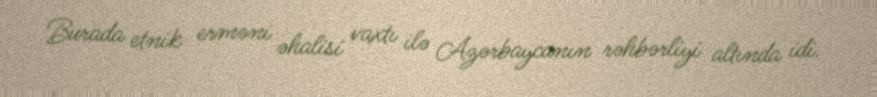
Burada etnik erməni əhalisi vaxtı ilə Azərbaycanın rəhbərliyi altında idi.